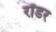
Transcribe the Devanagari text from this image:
रॉडर